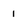
Character: 1